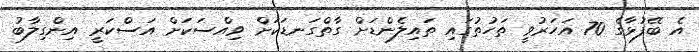
އެ ބޭފުޅާގެ 70 އަހަރުވީ ތަހުތުގައި ތައިލެންޑަށް ގާތްގަނޑަކަށް ވިއްސަކަށް އަސްކަރީ އިންގިލާބު